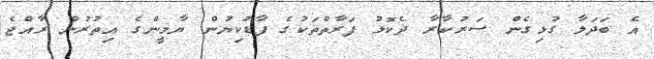
އެ ބަދަލާ ގުޅިގެން ސަރުކާރާ ދެކޮޅު ފަރާތްތަކުގެ ފާޑުކިޔުން ޔާމީންގެ އިތުރުން ރާއްޖެ